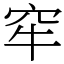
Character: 窂